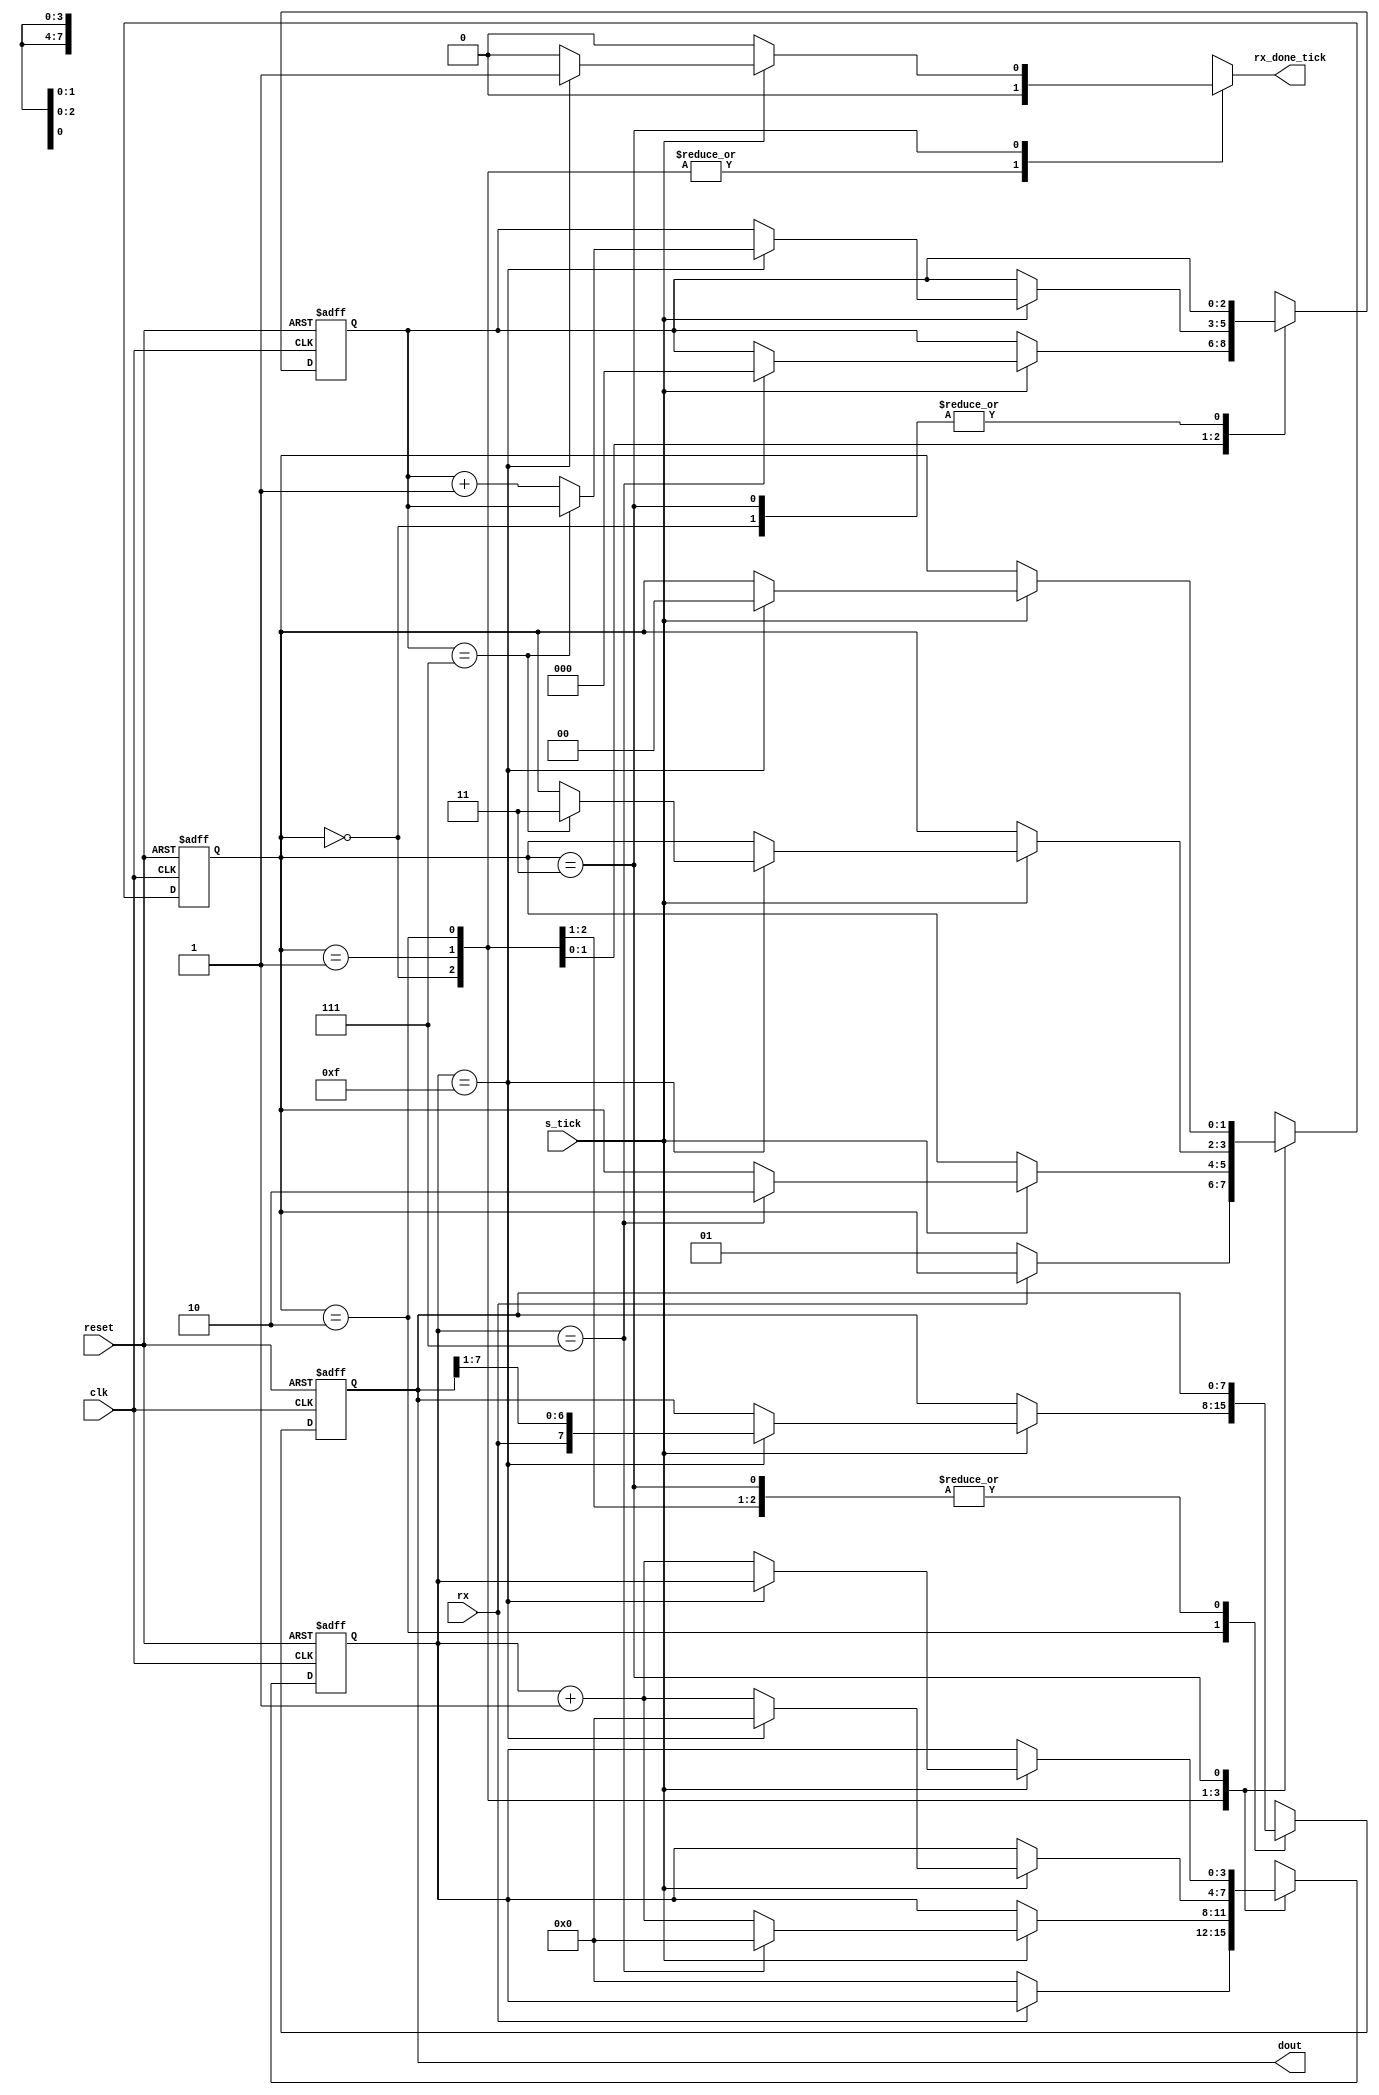
`timescale 1ns / 1ps

module Receiver
	#(
		parameter DBIT = 8,   // # data bits
					 SB_TICK = 16 // # ticks for stop bits
	 )
	 (
		input wire clk, reset,
		input wire rx, s_tick, // sampling tick from baud rate generator
		output reg rx_done_tick, // status signal indicates recieving process is complete
		output wire [7:0] dout
    );

	// symbolic state declaration
	localparam [1:0]
		idle  = 2'b00,
		start = 2'b01,
		data  = 2'b10,
		stop  = 2'b11;
		
	// signal declaration
	reg [1:0] state_reg, state_next; //-------------
	reg [3:0] s_reg, s_next;  // sampling tick counter register
	reg [2:0] n_reg, n_next;  // number of data bit counter register
	reg [7:0] b_reg, b_next;  // shifted bits register
	
	// body
	// FSMD state & data registers
	always @ (posedge clk, posedge reset)
		if(reset)
			begin
				state_reg <= idle;
				s_reg <= 0;
				n_reg <= 0;
				b_reg <= 0;
			end
		else
			begin
				state_reg <= state_next;
				s_reg <= s_next;
				n_reg <= n_next;
				b_reg <= b_next;
			end
			
	// FSMD next-state logic
	always @*
		begin
			state_next = state_reg;
			rx_done_tick = 1'b0;
			s_next = s_reg;
			n_next = n_reg;
			b_next = b_reg;
			case(state_reg)
				idle:
					if(~rx)
						begin
							state_next = start;
							s_next = 0;
						end
				start:    //------------------------ processing of start bit ---------------
					if(s_tick)
						if(s_reg==7)   // sampling tick counter register counts upto 7
							begin
								state_next = data;
								s_next = 0;
								n_next = 0;
							end
						else
							s_next = s_reg + 1;
				data:     //------------------------ processing of data bits ---------------
					if(s_tick)
						if(s_reg==15)   // sampling tick counter register counts upto 15
							begin
								s_next = 0;
								b_next = {rx,b_reg[7:1]};// The retrieved bits are shifted into and reassembled in the bits register
								if(n_reg==(DBIT-1))      // number of data bit counter register counts bits received
									state_next = stop;
								else
									n_next = n_reg + 1;
							end
						else
							s_next = s_reg + 1;
				stop:     //------------------------ processing of stop bit ---------------
					if(s_tick)
						if(s_reg==(SB_TICK-1)) // sampling tick counter register counts upto SB_TICK-1 = 15
							begin
								state_next = idle;
								rx_done_tick = 1'b1;
							end
						else
							s_next = s_reg + 1; 
			endcase
		end
		// output 
		assign dout = b_reg;
		
endmodule